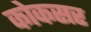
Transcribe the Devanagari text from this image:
कोकसर